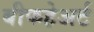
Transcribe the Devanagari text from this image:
बीफहेअर्ट